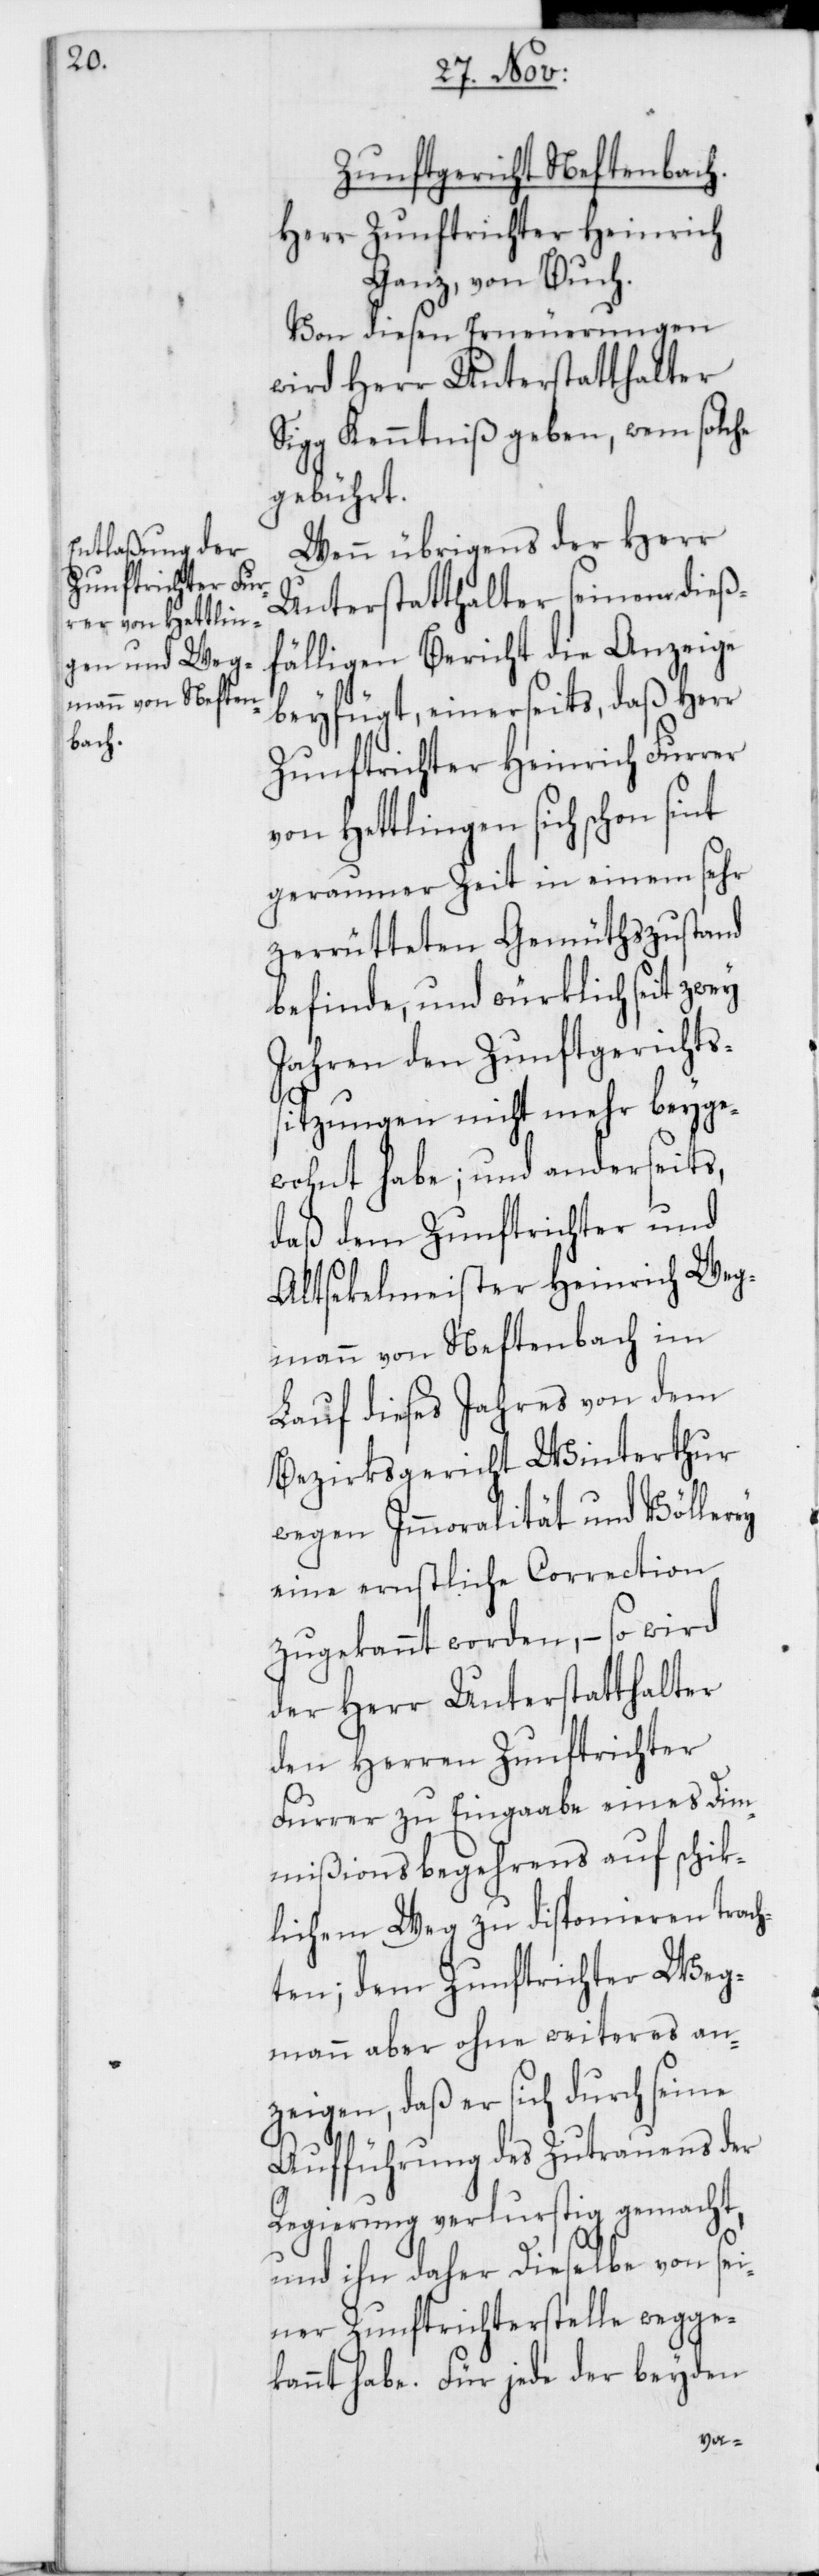
Zunftgericht Neftenbach.
Herr Zunftrichter Heinrich
Ganz, von Buch.
Von diesen Erneuerungen
wird Herr Unterstatthalter
Sigg Kenntniß geben, wem solche
gebührt.
Wenn übrigens der Herr
Unterstatthalter seinem dieß¬
fälligen Bericht die Anzeige
beyfügt, einerseits, daß Herr
Zunftrichter Heinrich Furrer
von Hettlingen sich schon sint
geraumer Zeit in einem sehr
gerütteten Gemütszustand
befinde, und würklich seit zwey
Jahren den Zunftgerichtss¬
itzungen nicht mehr beyge¬
wohnt habe; und anderseits
daß dem Zunftrichter und
Altsekelmeister Heinrich Weg¬
mann von Neftenbach im
Lauf dieses Jahres von dem
Bezirksgericht Winterthur
wegen Immoralität und Völlerey
eine ernstliche Correction
zugekannt worden, – so wird
der Herr Unterstatthalter
den Herren Zunftrichter
Furrer zu Eingabe eines Dim¬
mißionsbegehrens auf schik¬
lichem Weg zu disponieren trach¬
ten; dem Zunftrichter Weg¬
mann aber ohne weiteres an¬
zeigen, daß er sich durch seine
Aufführung des Zutrauens der
Regierung verlustig gemacht,
und ihn daher Dieselbe von sei¬
ner Zunftrichterstelle wegge¬
kannt habe. Für jede der beyden